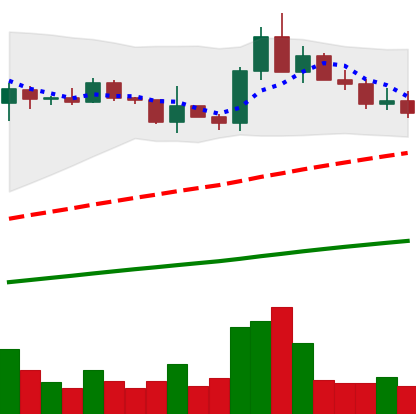
Ticker: ADA-USD
Chart end date: 2021-03-24
Forward return: 11.864%
Label: up_7plus